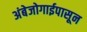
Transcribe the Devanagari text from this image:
अंबेजोगाईपासून